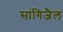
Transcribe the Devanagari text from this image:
सांगिजैल